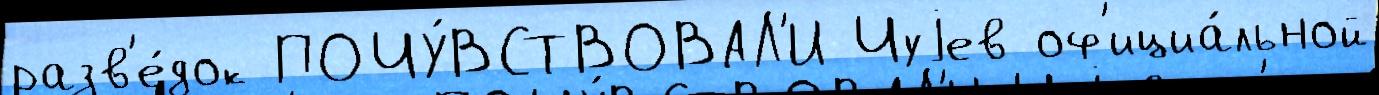
разв'е́док ПОЧУ́ВСТВОВАЛ'И Чуjев оф'ициа́льной